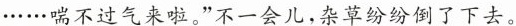
······喘不过气来啦。”不一会儿，杂草纷纷倒了下去。